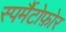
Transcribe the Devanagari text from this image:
स्पर्मैटोफ़ोर